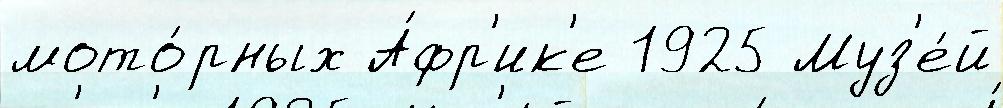
мото́рных А́фр'ик'е 1925 Муз'е́й